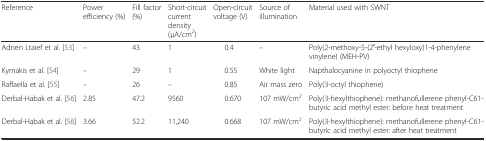
| Reference | Power efficiency (%) | Fill factor (%) | Short-circuit current density (μA/cm2) | Open-circuit voltage (V) | Source of illumination | Material used with SWNT |
 | --- | --- | --- | --- | --- | --- | --- |
 | Adnen Ltaief et al. [53] | – | 43 | 1 | 0.4 | – | Poly(2-methoxy-5-(2′-ethyl hexyloxy)1-4-phenylene vinylene) (MEH-PV) |
 | Kymakis et al. [54] | – | 29 | 1 | 0.55 | White light | Napthalocyanine in polyoctyl thiophene |
 | Raffaella et al. [55] | – | 26 | – | 0.85 | Air mass zero | Poly(3-octyl thiophene) |
 | Derbal-Habak et al. [56] | 2.85 | 47.2 | 9560 | 0.670 | 107 mW/cm2 | Poly(3-hexylthiophene): methanofullerene phenyl-C61-butyric acid methyl ester: before heat treatment |
 | Derbal-Habak et al. [56] | 3.66 | 52.2 | 11,240 | 0.668 | 107 mW/cm2 | Poly(3-hexylthiophene): methanofullerene phenyl-C61-butyric acid methyl ester: after heat treatment |